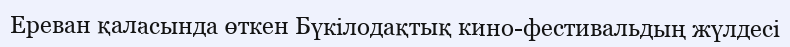
Ереван қаласында өткен Бүкілодақтық кино-фестивальдың жүлдесі